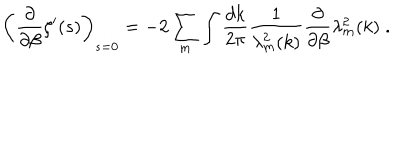
\left( \frac { \partial } { \partial \beta } \zeta ^ { \prime } ( s ) \right) _ { s = 0 } = - 2 \sum _ { m } \int \frac { d k } { 2 \pi } \frac { 1 } { \lambda _ { m } ^ { 2 } ( k ) } \frac { \partial } { \partial \beta } \lambda _ { m } ^ { 2 } ( k ) \; .